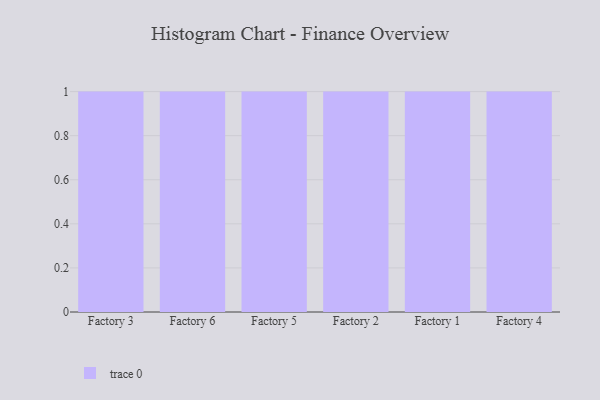
{"axis": {"x": "Factory", "y": "Temperature (°C)"}, "legend": [""], "data": [{"x": "Factory 3", "y": 10, "type": ""}, {"x": "Factory 6", "y": 92, "type": ""}, {"x": "Factory 5", "y": 100, "type": ""}, {"x": "Factory 2", "y": 82, "type": ""}, {"x": "Factory 1", "y": 2, "type": ""}, {"x": "Factory 4", "y": 50, "type": ""}]}